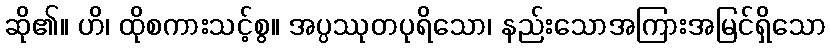
ဆို၏။ ဟိ၊ ထိုစကားသင့်စွ။ အပ္ပဿုတပုရိသော၊ နည်းသောအကြားအမြင်ရှိသော